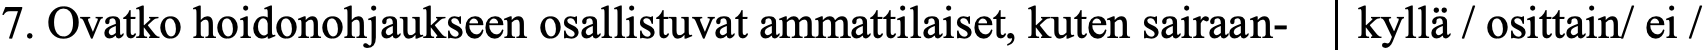
7. Ovatko hoidonohjaukseen osallistuvat ammattilaiset, kuten sairaan- kyllä / osittain/ ei /